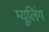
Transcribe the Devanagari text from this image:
म्यूलिंग